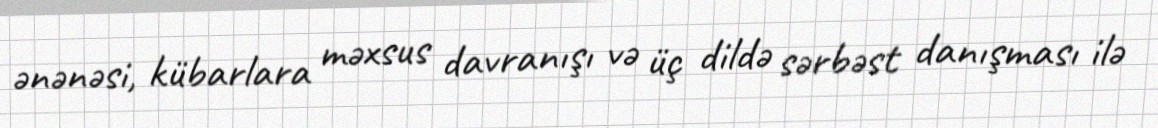
ənənəsi, kübarlara məxsus davranışı və üç dildə sərbəst danışması ilə